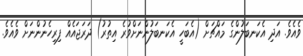
ވެއެވެ. އަދި އެކަނބަލުންގެ މައްޗަށް (އެބަހީ އެކަނބަލުންނަށްވުރެ އިތުރު) ދަރަޖައެއް ފިރިހެނުންނަށް ވެއެވެ.